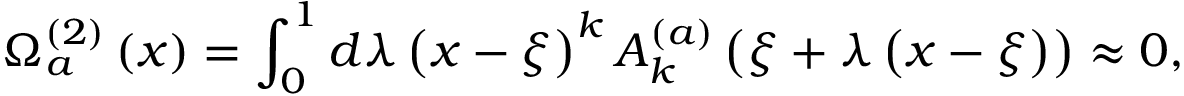
\Omega _ { a } ^ { \left( 2 \right) } \left( x \right) = \int _ { 0 } ^ { 1 } { d \lambda } \left( { x - \xi } \right) ^ { k } A _ { k } ^ { \left( a \right) } \left( { \xi + \lambda \left( { x - \xi } \right) } \right) \approx 0 ,